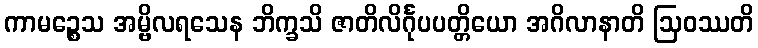
ကာမဉ္စေသ အမ္ဗိလရသေန ဘိက္ခသိ ဇာတိလိင်္ဂုပပတ္တိယော အဂိလာနာတိ ဩဝဿတိ